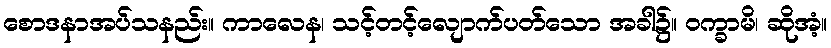
စောဒနာအပ်သနည်း။ ကာလေန၊ သင့်တင့်လျောက်ပတ်သော အခါ၌။ ဝက္ခာမိ၊ ဆိုအံ့။